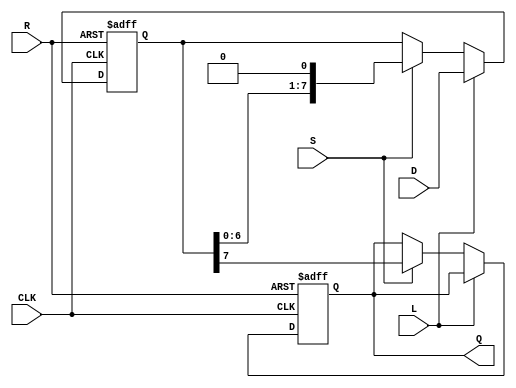
module PISO_Register #(parameter N = 8) (
    input  wire [N-1:0] D,    // Parallel Data Input
    input  wire L,            // Load Control Signal
    input  wire S,            // Shift Control Signal
    input  wire CLK,          // Clock Signal
    input  wire R,            // Asynchronous Reset Signal
    output reg Q              // Serial Output
);

reg [N-1:0] shift_reg; // Internal shift register

always @(posedge CLK or posedge R) begin
    if (R) begin
        // Asynchronous reset
        shift_reg <= {N{1'b0}};  // Clear the register
        Q <= 1'b0;               // Clear the output
    end else begin
        if (L) begin
            // Load data into the register
            shift_reg <= D;
        end else if (S) begin
            // Shift operation
            Q <= shift_reg[N-1];             // Output the MSB to Q
            shift_reg <= {shift_reg[N-2:0], 1'b0}; // Shift left and fill LSB with 0
        end
    end
end

endmodule